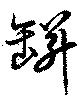
瓶